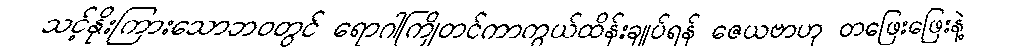
သင့်နိုးကြားသောဘဝတွင် ရောဂါကြိုတင်ကာကွယ်ထိန်းချုပ်ရန် ဇေယဗာဟု တဖြေးဖြေးနဲ့